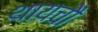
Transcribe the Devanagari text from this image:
थायचौ